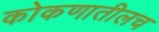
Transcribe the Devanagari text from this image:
कोकणातीलच